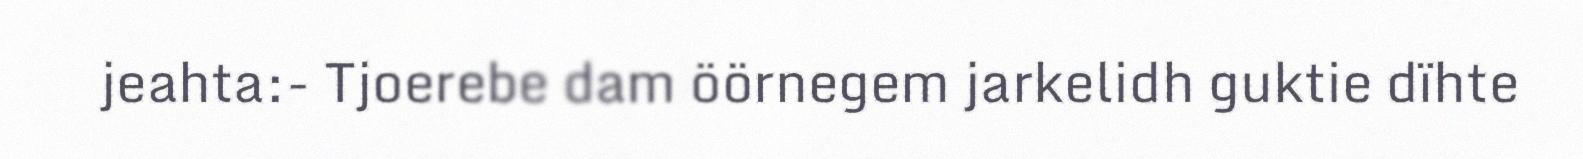
jeahta:- Tjoerebe dam öörnegem jarkelidh guktie dïhte